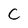
Character: C